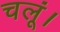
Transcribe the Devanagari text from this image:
चलूं।